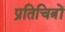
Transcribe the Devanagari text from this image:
प्रतिचित्रों